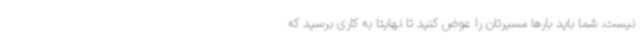
نیست. شما باید بارها مسیرتان را عوض کنید تا نهایتا به کاری برسید که